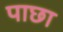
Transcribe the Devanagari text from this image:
पाछा